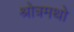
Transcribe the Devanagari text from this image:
श्रोत्रमथो